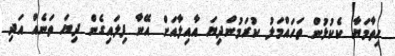
ހިތާމަޔާ ކެކުޅުން ތަހައްމަލު ކުރަމުންދިޔަ އާއިލާއަށް އޭނާ ފިލައިގެން ދިޔަ ތަނެއް އަދި